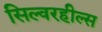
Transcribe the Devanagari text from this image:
सिल्वरहील्स